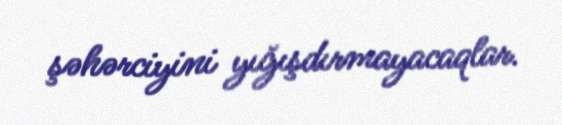
şəhərciyini yığışdırmayacaqlar.